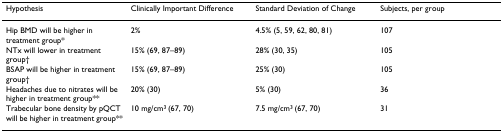
| Hypothesis | Clinically Important Difference | Standard Deviation of Change | Subjects, per group |
 | --- | --- | --- | --- |
 | Hip BMD will be higher in treatment group* | 2% | 4.5% (5, 59, 62, 80, 81) | 107 |
 | NTx will lower in treatment group† | 15% (69, 87–89) | 28% (30, 35) | 105 |
 | BSAP will be higher in treatment group† | 15% (69, 87–89) | 25% (30) | 105 |
 | Headaches due to nitrates will be higher in treatment group** | 20% (30) | 5% (30) | 36 |
 | Trabecular bone density by pQCT will be higher in treatment group** | 10 mg/cm3 (67, 70) | 7.5 mg/cm3 (67, 70) | 31 |